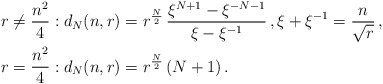
\begin{align*} {}& r \neq \frac{n^2}{4}: d_{N} (n, r) = r^{\frac{N}{2}} \, \frac{ \xi^{N+1} - \xi^{-N-1}}{\xi-\xi^{-1}} \,, \xi+\xi^{-1} = \frac{n}{\sqrt{r}} \,,\\ {}& r = \frac{n^2}{4}: d_{N} (n, r) = r^{\frac{N}{2}} \, (N+1) \,.\end{align*}